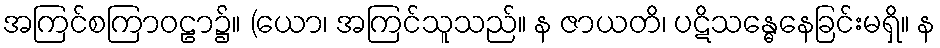
အကြင်စကြာဝဠာ၌။ (ယော၊ အကြင်သူသည်။ န ဇာယတိ၊ ပဋိသန္ဓေနေခြင်းမရှိ။ န